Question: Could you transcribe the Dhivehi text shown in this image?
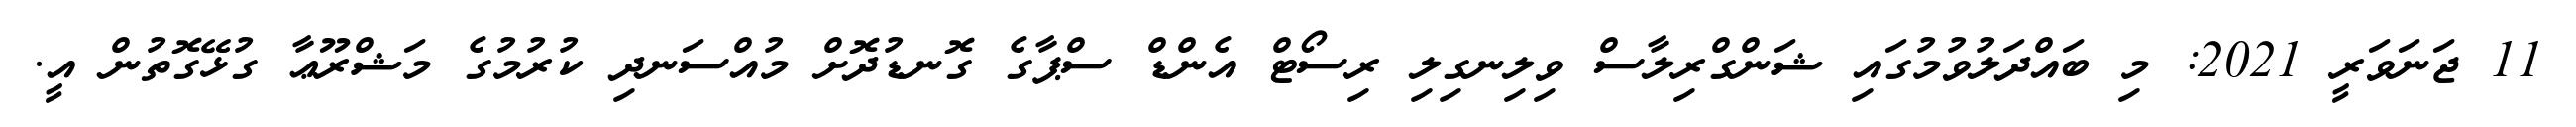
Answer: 11 ޖަނަވަރީ 2021: މި ބައްދަލުވުމުގައި ޝަންގްރިލާސް ވިލިނގިލި ރިސޯޓް އެންޑް ސްޕާގެ ގޮނޑުދޮށް މުއްސަނދި ކުރުމުގެ މަޝްރޫޢާ ގުޅޭގޮތުން އީ.